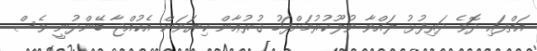
އަތްފައި ދޮވެ ދަރިފުޅު ލައްވާ ވުލޫކުރުމަށްފަހު ޤުރުޢާން ކިޔަވަން އެކުއްޖާ ބޭންދުނީ ވެސް